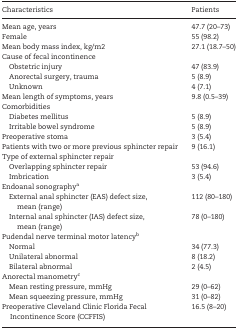
<table><thead><tr><td><b>Characteristics</b></td><td><b>Patients</b></td></tr></thead><tbody><tr><td>Mean age, years</td><td>47.7 (20–73)</td></tr><tr><td>Female</td><td>55 (98.2)</td></tr><tr><td>Mean body mass index, kg/m2</td><td>27.1 (18.7–50)</td></tr><tr><td>Cause of fecal incontinence</td><td></td></tr><tr><td> Obstetric injury</td><td>47 (83.9)</td></tr><tr><td> Anorectal surgery, trauma</td><td>5 (8.9)</td></tr><tr><td> Unknown</td><td>4 (7.1)</td></tr><tr><td>Mean length of symptoms, years</td><td>9.8 (0.5–39)</td></tr><tr><td>Comorbidities</td><td></td></tr><tr><td> Diabetes mellitus</td><td>5 (8.9)</td></tr><tr><td> Irritable bowel syndrome</td><td>5 (8.9)</td></tr><tr><td>Preoperative stoma</td><td>3 (5.4)</td></tr><tr><td>Patients with two or more previous sphincter repair</td><td>9 (16.1)</td></tr><tr><td>Type of external sphincter repair</td><td></td></tr><tr><td> Overlapping sphincter repair</td><td>53 (94.6)</td></tr><tr><td> Imbrication</td><td>3 (5.4)</td></tr><tr><td>Endoanal sonography<sup>a</sup></td><td></td></tr><tr><td> External anal sphincter (EAS) defect size,mean (range)</td><td>112 (80–180)</td></tr><tr><td> Internal anal sphincter (IAS) defect size,mean (range)</td><td>78 (0–180)</td></tr><tr><td>Pudendal nerve terminal motor latency<sup>b</sup></td><td></td></tr><tr><td> Normal</td><td>34 (77.3)</td></tr><tr><td> Unilateral abnormal</td><td>8 (18.2)</td></tr><tr><td> Bilateral abnormal</td><td>2 (4.5)</td></tr><tr><td>Anorectal manometry<sup>c</sup></td><td></td></tr><tr><td> Mean resting pressure, mmHg</td><td>29 (0–62)</td></tr><tr><td> Mean squeezing pressure, mmHg</td><td>31 (0–82)</td></tr><tr><td>Preoperative Cleveland Clinic Florida Fecal Incontinence Score (CCFFIS)</td><td>16.5 (8–20)</td></tr></tbody></table>